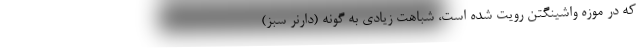
که در موزه واشینگتن رویت شده است، شباهت زیادی به گونه (دارنر سبز)